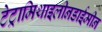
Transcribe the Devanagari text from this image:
टेट्रामिथाइलीनडाईमीन